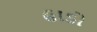
હાડો